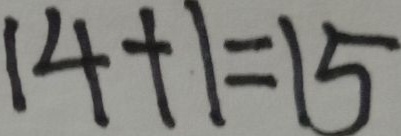
1 4 + 1 = 1 5